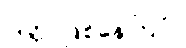
ပြိတ္တာဖြစ်နေကြပုံ။